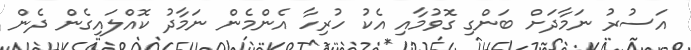
އަސުރު ނަމާދަށް ބަންގި ގޮވުމާއި އެކު ހުރިހާ އެންމެން ނަމާދު ކޮއްލައިގެން ދެން